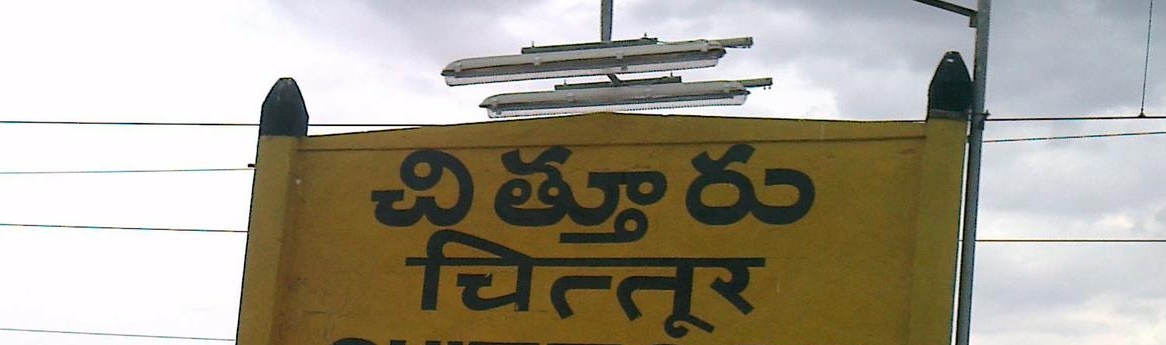
Language: telugu
Transcription: చిత్తూరు